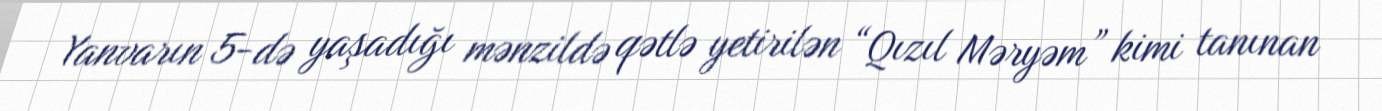
Yanvarın 5-də yaşadığı mənzildə qətlə yetirilən “Qızıl Məryəm” kimi tanınan